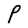
Character: P